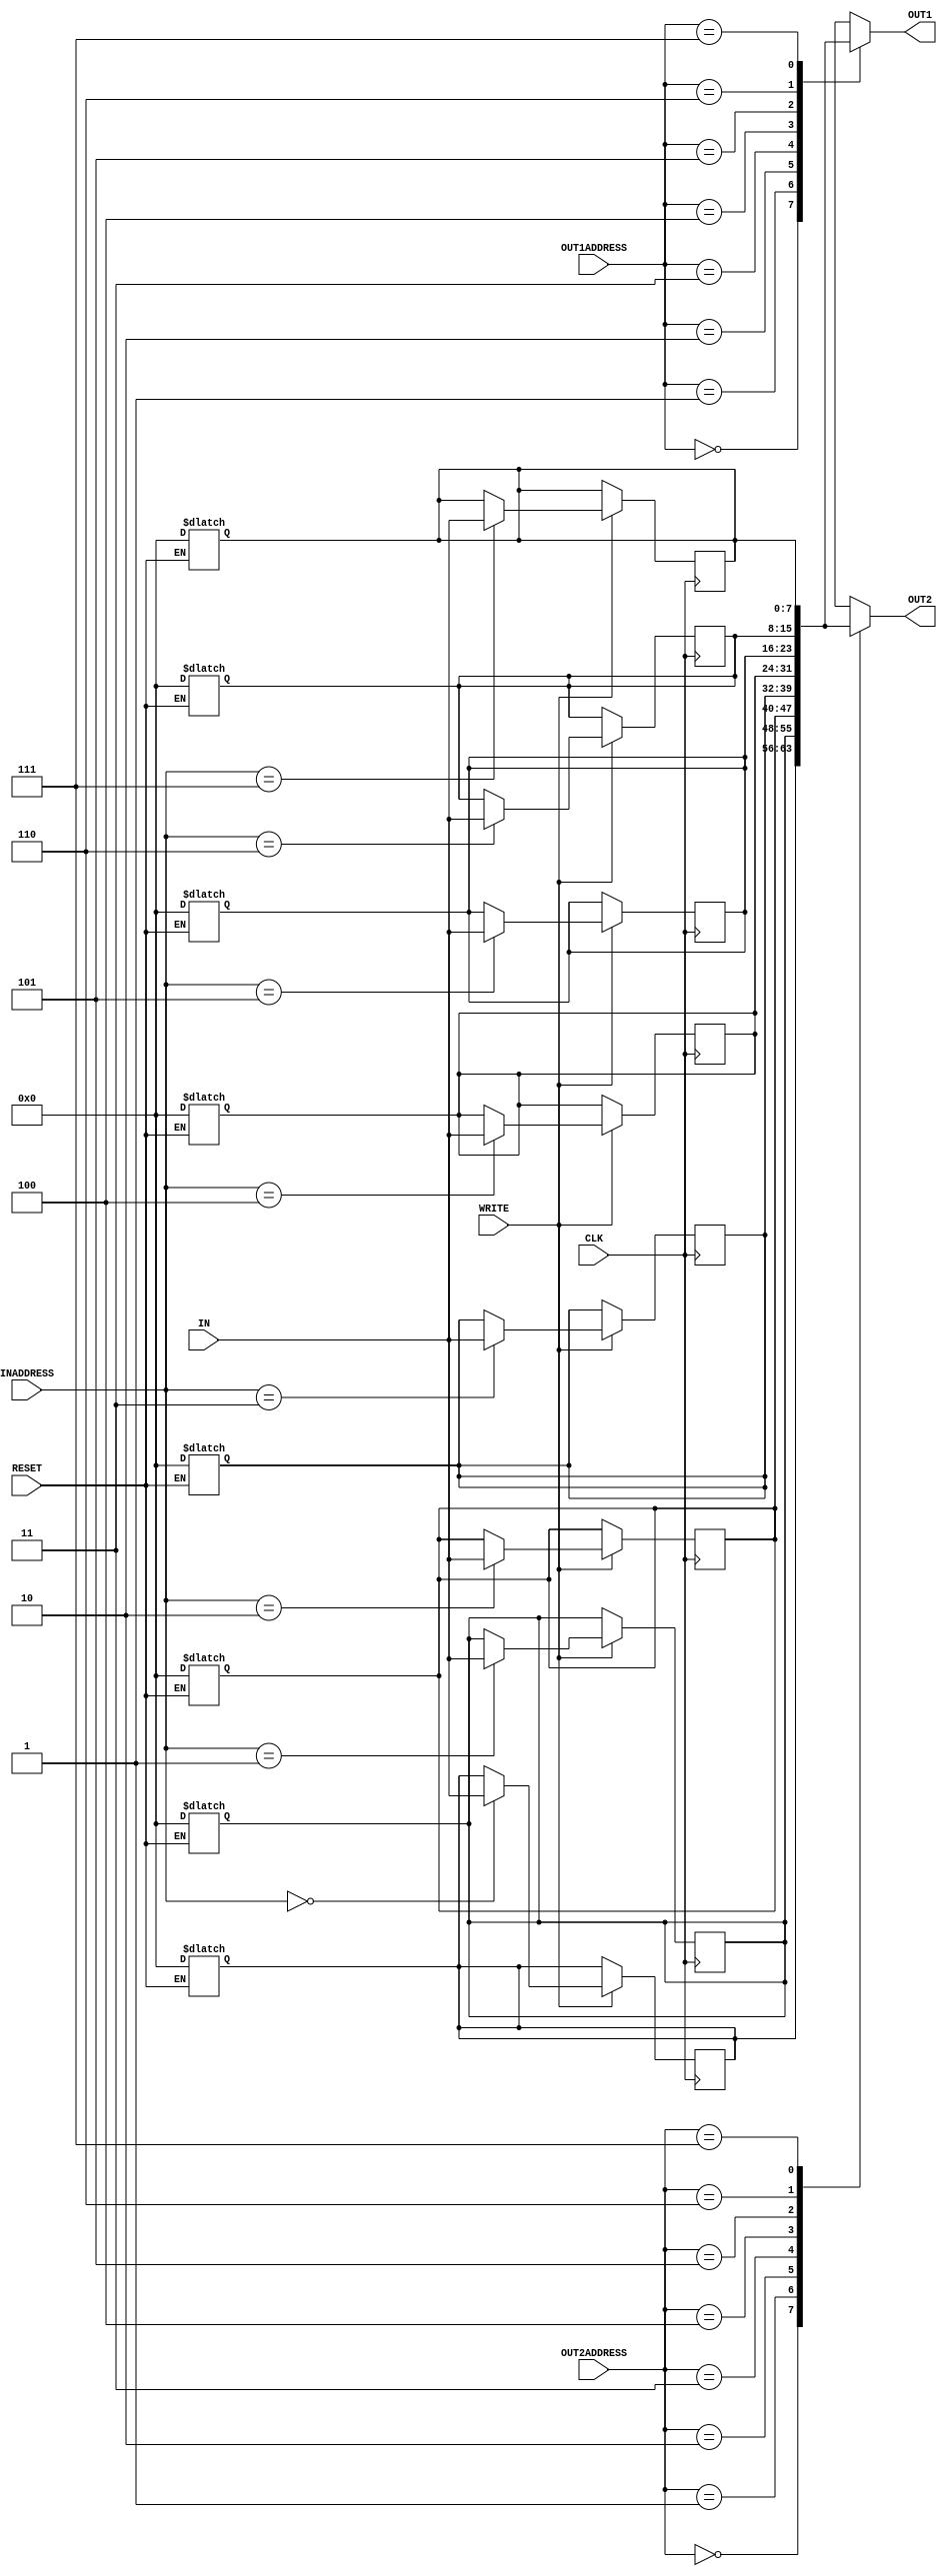
module reg_file (IN, OUT1, OUT2, INADDRESS, OUT1ADDRESS, OUT2ADDRESS, WRITE, CLK, RESET);
	
	//initialize input output
	input [7:0] IN;								//input data to write
	input [2:0] OUT1ADDRESS, OUT2ADDRESS;		//address of register that should read
	input [2:0] INADDRESS;						//address of writting register
	input  WRITE, CLK, RESET;					//enable sigle to write, clock, reset signal
	output reg [7:0] OUT1, OUT2;				//output of readed register
	reg [7:0] Register [7:0];					//8bit 8 register
	integer j;									//for for loop

	//writting part
	always @ (posedge CLK)			
	begin


		//writting part
		if(WRITE)

		#2			//delay 2 unit
		begin
			Register[INADDRESS] <= IN;		//assign
		end


	end



	//this is reading part
	always @ (*)
	begin

		//output
		#2									//delay 2 unit
		OUT1 <= Register[OUT1ADDRESS];		//assign
		OUT2 <= Register[OUT2ADDRESS];		//assign


	end



	//resetting part
	always @ (*)
	begin 

		//reset part
		if(RESET)
		begin

				//reset regester
				#2									//delay 2 unit
				for(j = 0; j <= 7; j = j +1 )
				begin
					Register[j] <= 8'b00000000;			//assigning 

				end
		end
	end

endmodule